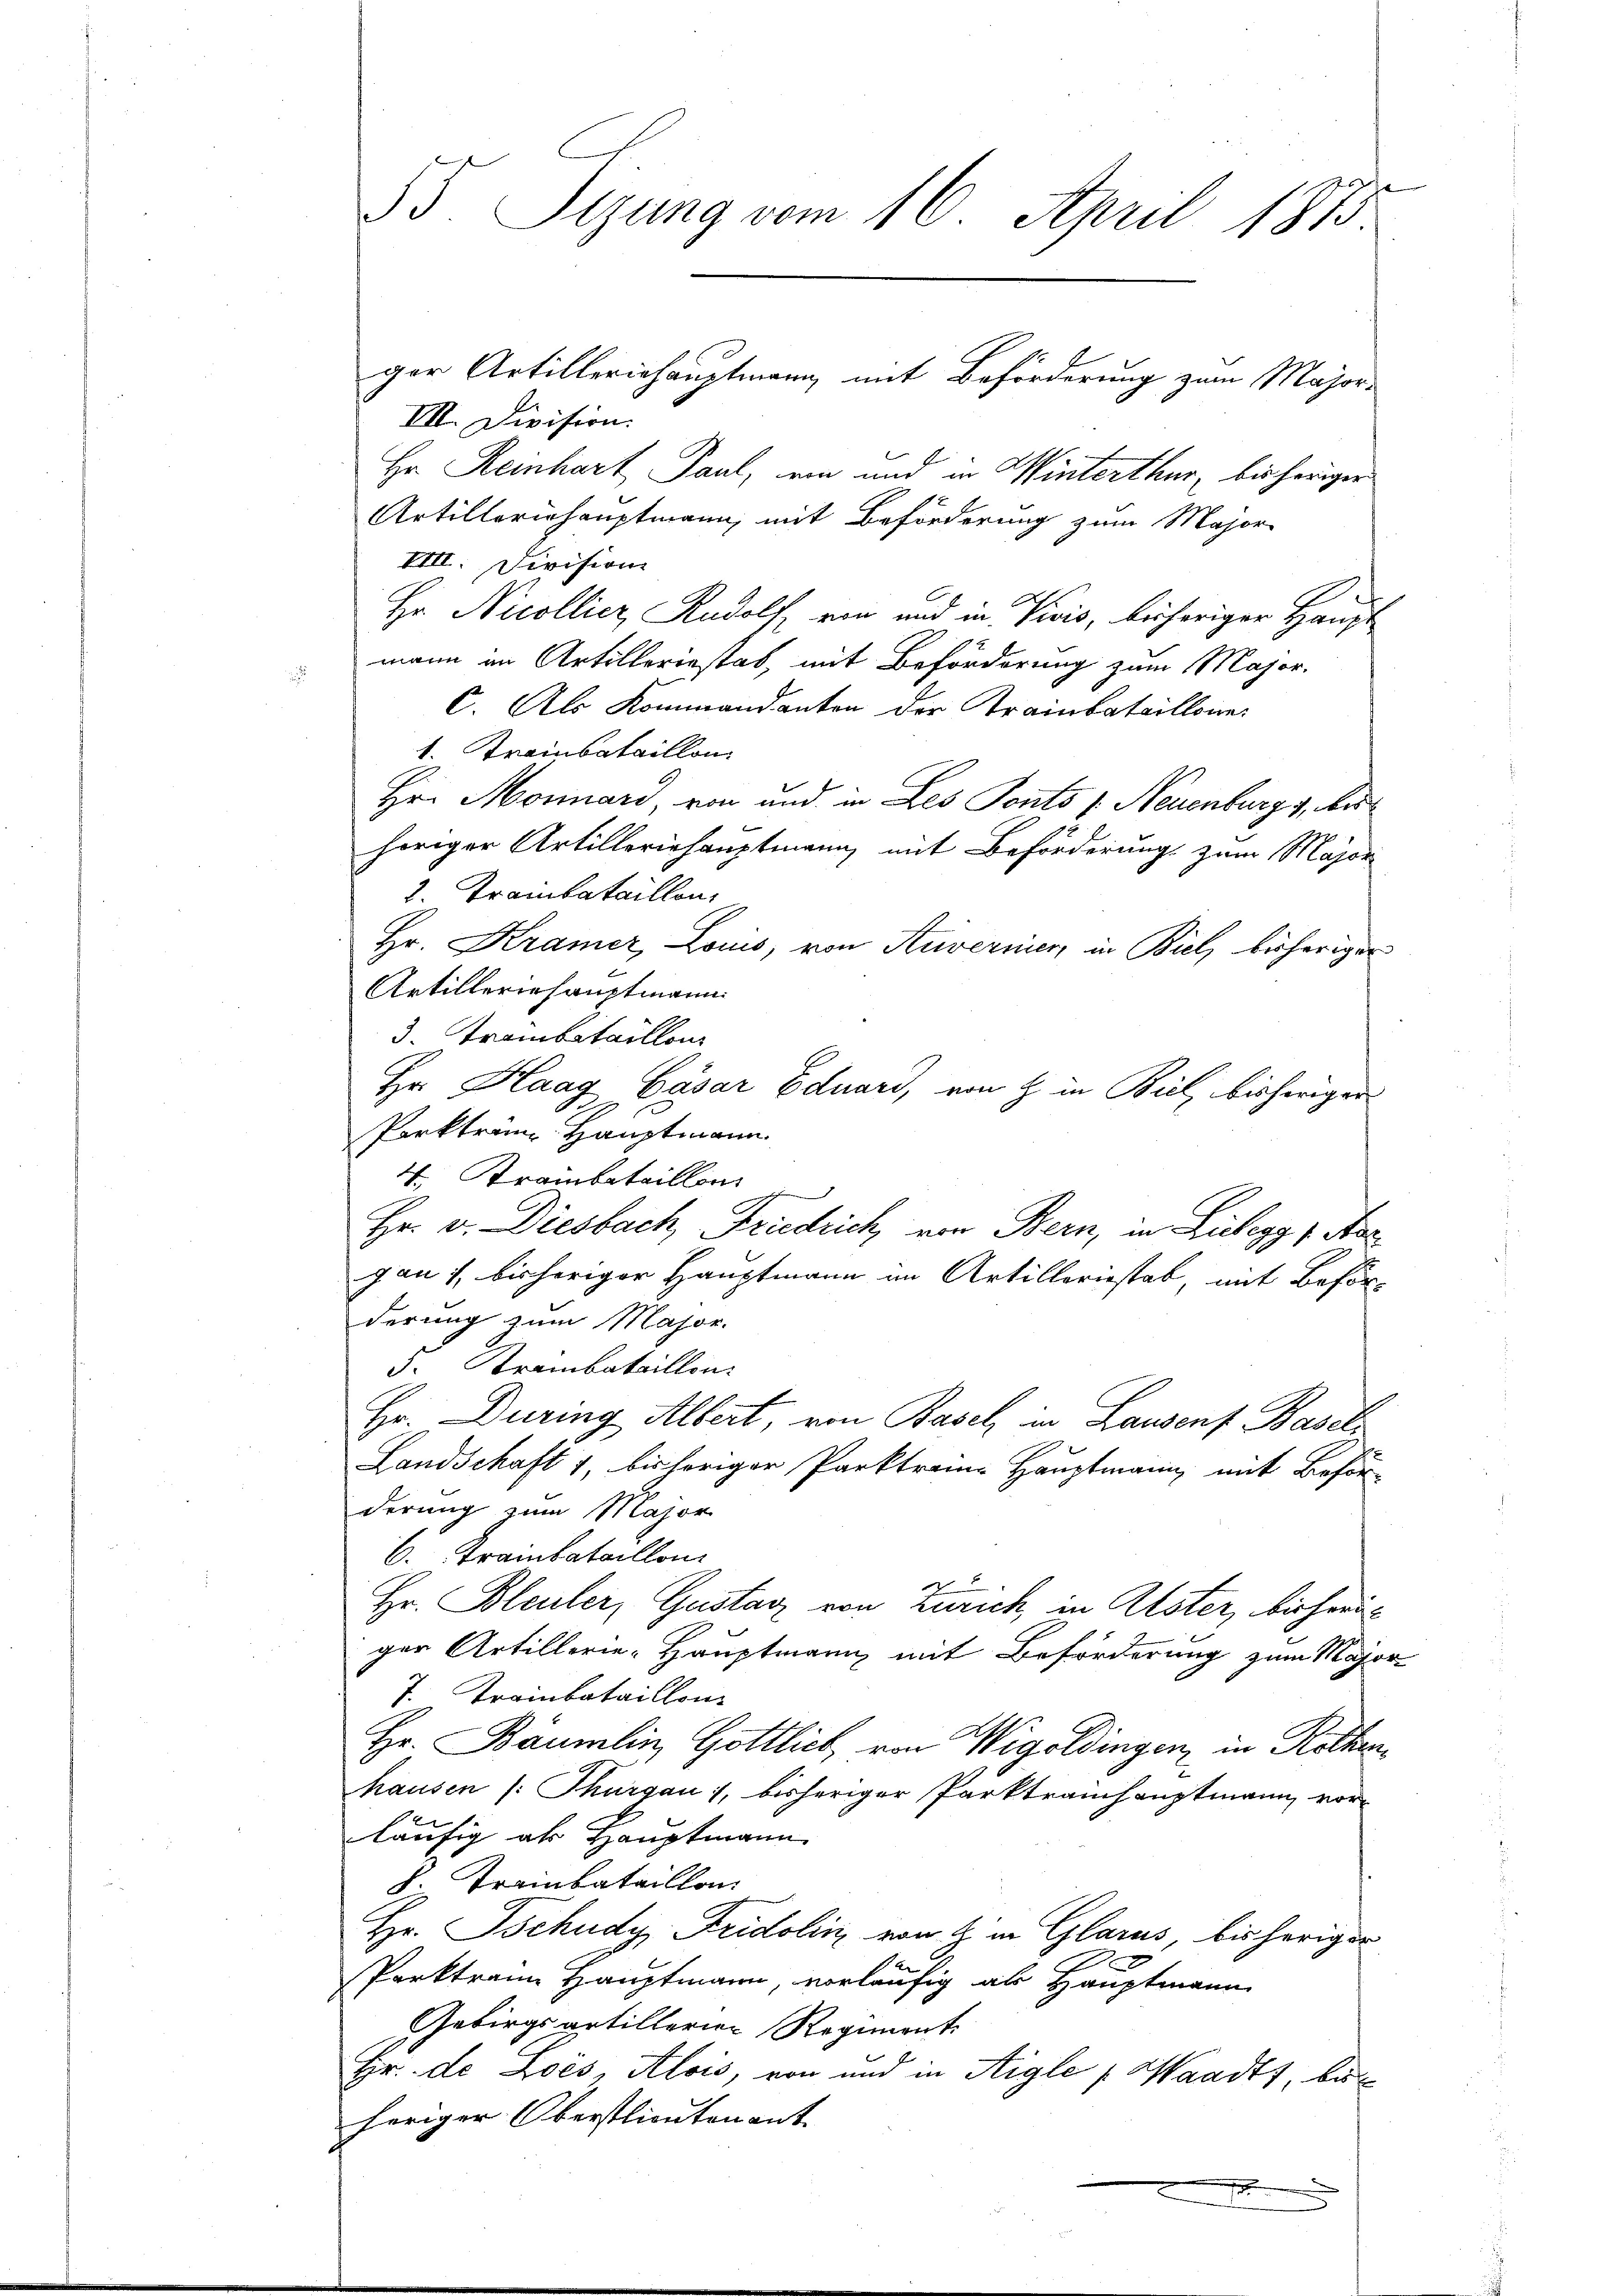
VII. Division.
Hr Reinhart Paul, ein und in Winterthur, bisheriger
Artilleriehauptmann, mit Beförderung zum Major-
VIII. Division
Hr. Nicollier, Rudolf, von und in Vicis, bisheriger Haupt
mann in Artilleriestat, mit Beförderung zum Major.
C. Als Kommandanten der Trainbataillone
1. Treinbataillon
Hr. Monard, von und in Les Ponts v. Neuenburg, Aushöriger Artilleriehauptmann mit Beförderung zum Major
2. Trambataillon,
Hr. Kramer, Louis, von Anvernien in Biel, bisheriger
Artilleriehauptmann
3. Trambataillon
Hr. Haag Cäsar Eduard, von  in Biel, bisherigen
Parktram Hauptmann.
4. Krambataillon
Hr. v. Diesbach, Fridrich von Bern, in Luchegg v. Nac
jan 1. bisheriger Hauptmann im Artilleriestab, mit Beförderung zum Major.
F. Krambataillon
Hr. During Albert, von Basel in Lausens Basels
Landschaft 1, bisheriger Parktraue Hauptmann mit Beför-
derung zum Major
6. Trainbataillon
Hr. Bleuler, Gustanz von Zürich, in Alster, bisheris
ger Artillerie-Hauptmann mit Beförderung zum Major
7. Trainbataillon
Hr. Bäumlin, Gottlich, von Wigoldingen in Rothenhausen (: Thurgau, bisheriger Parktraichauptmann vorläufig als Hauptmann
S. Trainbataillon
Hr. Tschudy Fridolin von H. in Glarus, bisheriger
.
Parktrann Hauptmann, vorläufig als Hauptmann
Gebirgsartillerien Regiment.
Hr. de Lois, Alois, von und in Aigle (Waadt, beheriger Oberstlieutenant.
.

15. Segung vom 16. April 1873

ger Artilleriehauptmann mit Beförderung zum Major¬